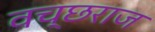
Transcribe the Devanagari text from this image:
वच्छराज